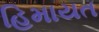
હિમાયત